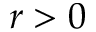
r > 0